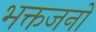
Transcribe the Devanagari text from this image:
भक्तजनो